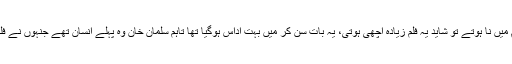
انہوں نے یہ بھی کہا اگر تم اس فلم میں نا ہوتے تو شاید یہ فلم زیادہ اچھی ہوتی، یہ بات سن کر میں بہت اداس ہوگیا تھا تاہم سلمان خان وہ پہلے انسان تھے جنہوں نے فلم دیکھ کر کہا یہ فلم زبردست ہے۔